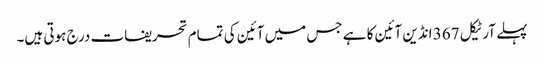
پہلے آرٹیکل 367 انڈین آئین کا ہے جس میں آئین کی تمام تحریفات درج ہوتی ہیں۔